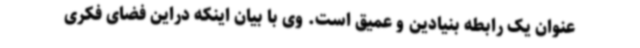
عنوان یک رابطه بنیادین و عمیق است. وی با بیان اینکه دراین فضای فکری